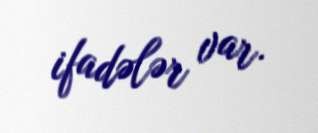
ifadələr var.